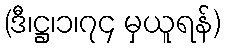
(ဒီ၊ဋ္ဌ၊၁၊၇၄ မှယူရန်)